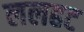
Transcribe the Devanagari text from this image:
ललहट